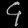
Digit: ၄